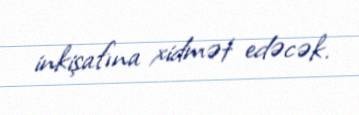
inkişafına xidmət edəcək.